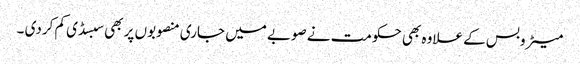
میٹروبس کے علاوہ بھی حکومت نے صوبے میں جاری منصوبوں پر بھی سبسڈی کم کردی ۔